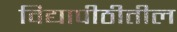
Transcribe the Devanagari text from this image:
विद्यापीठीतील